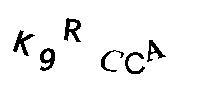
K9RCCA